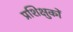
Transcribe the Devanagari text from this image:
प्रशिक्षुकों